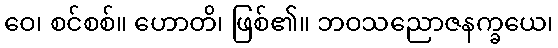
ဝေ၊ စင်စစ်။ ဟောတိ၊ ဖြစ်၏။ ဘဝသညောဇနက္ခယေ၊